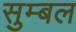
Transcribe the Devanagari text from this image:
सुम्बल